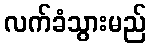
လက်ခံသွားမည်